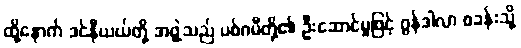
ထို့နောက် ဒင်နီယယ်တို့ အဖွဲ့သည် ပစ်ဂမီတို့၏ ဦးဆောင်မှုဖြင့် ဂွန်ဒါလာ စခန်းသို့